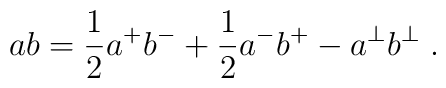
ab=\frac{1}{2}a^+b^- + \frac{1}{2}a^-b^+ - a^\perp b^\perp \; .